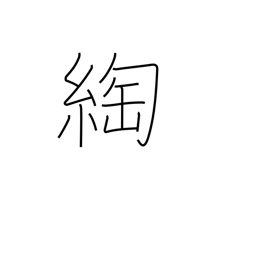
Meaning: twist